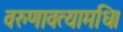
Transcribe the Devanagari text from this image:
वरुणावत्यामधि।